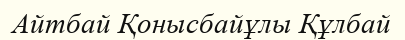
Айтбай Қонысбайұлы Құлбай